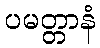
ပမတ္တာနံ